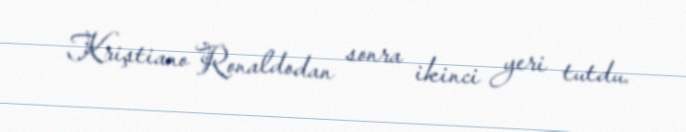
Kriştiano Ronaldodan sonra ikinci yeri tutdu.